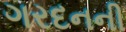
ગરદનની